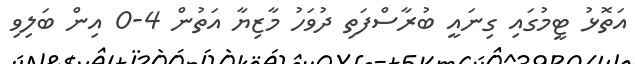
އަތޮޅު ޓީމުގައި ގިނައީ ބުރާސްފަތި ދުވަހު މާޒިޔާ އަތުން 4-0 އިން ބަލިވި